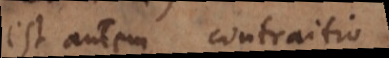
est autem contraitio